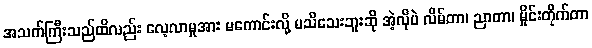
အသက်ကြီးသည်ထိလည်း လေ့လာမှုအား မကောင်းလို့ မသိသေးဘူးဆို အဲ့လိုပဲ လိမ်တာ၊ ညာတာ၊ မှိုင်းတိုက်တာ